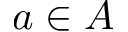
a \in A